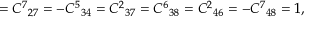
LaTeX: = { C ^ { 7 } } _ { 2 7 } = - { C ^ { 5 } } _ { 3 4 } = { C ^ { 2 } } _ { 3 7 } = { C ^ { 6 } } _ { 3 8 } = { C ^ { 2 } } _ { 4 6 } = - { C ^ { 7 } } _ { 4 8 } = 1 ,